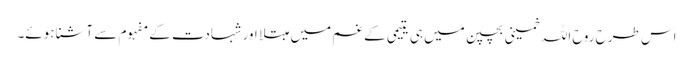
اس طرح روح اللہ خمینی بچپن میں ہی یتیمی کے غم میں مبتلا اور شہادت کے مفہوم سے آشنا ہوئے۔